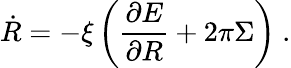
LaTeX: \dot{R}=-\xi\left(\frac{\partial E}{\partial R}+2\pi\Sigma\right)\ .